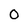
Character: 0